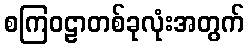
စကြဝဠာတစ်ခုလုံးအတွက်